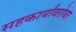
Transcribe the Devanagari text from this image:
सहकार्यांबरोबर